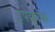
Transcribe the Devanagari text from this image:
ईपेकाक